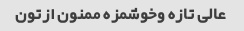
عالی تازه وخوشمزه ممنون ازتون